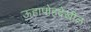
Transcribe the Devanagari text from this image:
ऊहापोहदेखील